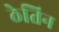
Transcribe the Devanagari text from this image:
ठेतिन